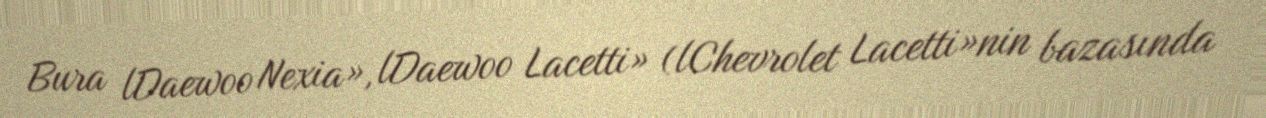
Bura lDaewoo Nexia», lDaewoo Lacetti» (lChevrolet Lacetti»nin bazasında